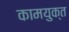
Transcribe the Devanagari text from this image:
कामयुक्त